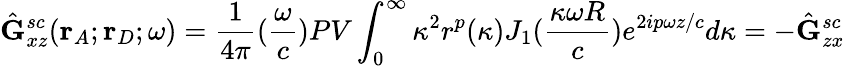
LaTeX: \hat{\mathbf{G}}_{xz}^{sc}(\mathbf{r}_{A};\mathbf{r}_{D};\omega)=\frac{1}{4{\pi}}(\frac{\omega}{c})PV\int_{0}^{\infty}{\kappa^{2}}r^{p}(\kappa)J_{1}(\frac{\kappa\omega R}{c})e^{2ip{\omega}z/c}d{\kappa}=-\hat{\mathbf{G}}_{zx}^{sc}